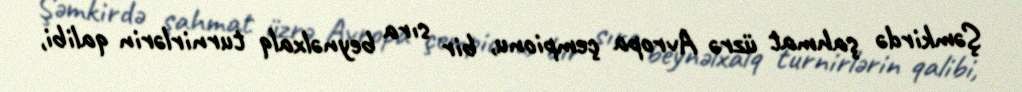
Şəmkirdə şahmat üzrə Avropa çempionu, bir sıra beynəlxalq turnirlərin qalibi,